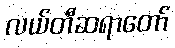
လယ်တီဆရာတော်